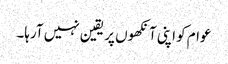
عوام کو اپنی آنکھوں پر یقین نہیں آرہا۔